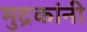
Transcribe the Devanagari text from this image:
मुद्रकांनी